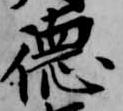
徳